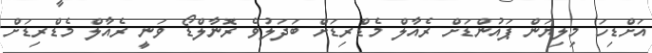
އަށްޑިހަ މިލިޔަން ޕައުންޑަށް ރެއާލް މެޑްރިޑަށް ބަދަލުވެ ރޮނާލްޑޯ ވަނީ ރެއާލް މެޑްރިޑަށް